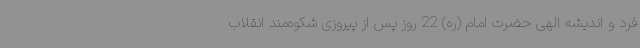
فرد و اندیشه الهی حضرت امام (ره) 22 روز پس از پیروزی شکوه‌مند انقلاب